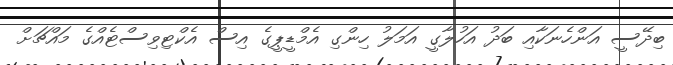
ބިދޭސީ އަންހެނަކާއި ބަދު އަހުލާގީ އަމަލު ހިންގި އެމްޑީޕީގެ އިސް އެކްޓިވިސްޓެއްގެ މައްޗަށް